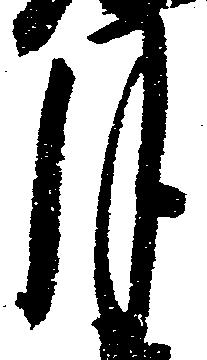
月